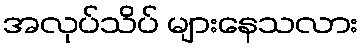
အလုပ်သိပ် များနေသလား